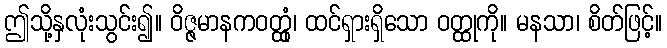
ဤသို့နှလုံးသွင်း၍။ ဝိဇ္ဇမာနကဝတ္ထုံ၊ ထင်ရှားရှိသော ဝတ္ထုကို။ မနသာ၊ စိတ်ဖြင့်။